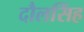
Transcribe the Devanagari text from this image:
दौलसिंह